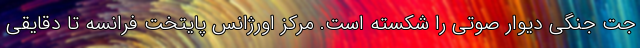
جت جنگی دیوار صوتی را شکسته است. مرکز اورژانس پایتخت فرانسه تا دقایقی